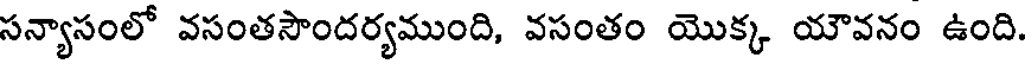
సన్యాసంలో వసంతసౌందర్యముంది, వసంతం యొక్క యౌవనం ఉంది.